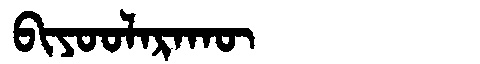
Manchu: ᠪᡳᠶᠣᠣᠯᠠᡵᠠᡴᡡ
Romanization: BIYOOLARAKŪ